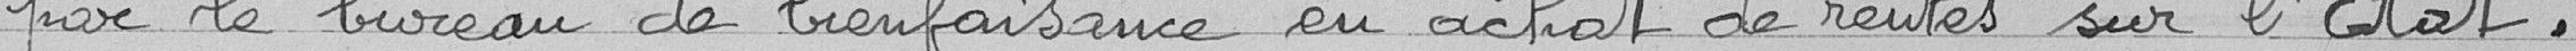
par le bureau de bienfaisance en achat de rentes sur l'Etat .